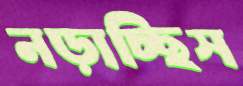
নড়াচ্ছিস